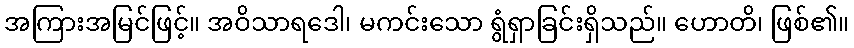
အကြားအမြင်ဖြင့်။ အဝိသာရဒေါ၊ မကင်းသော ရွံရှာခြင်းရှိသည်။ ဟောတိ၊ ဖြစ်၏။